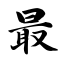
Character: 最